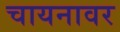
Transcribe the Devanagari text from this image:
चायनावर